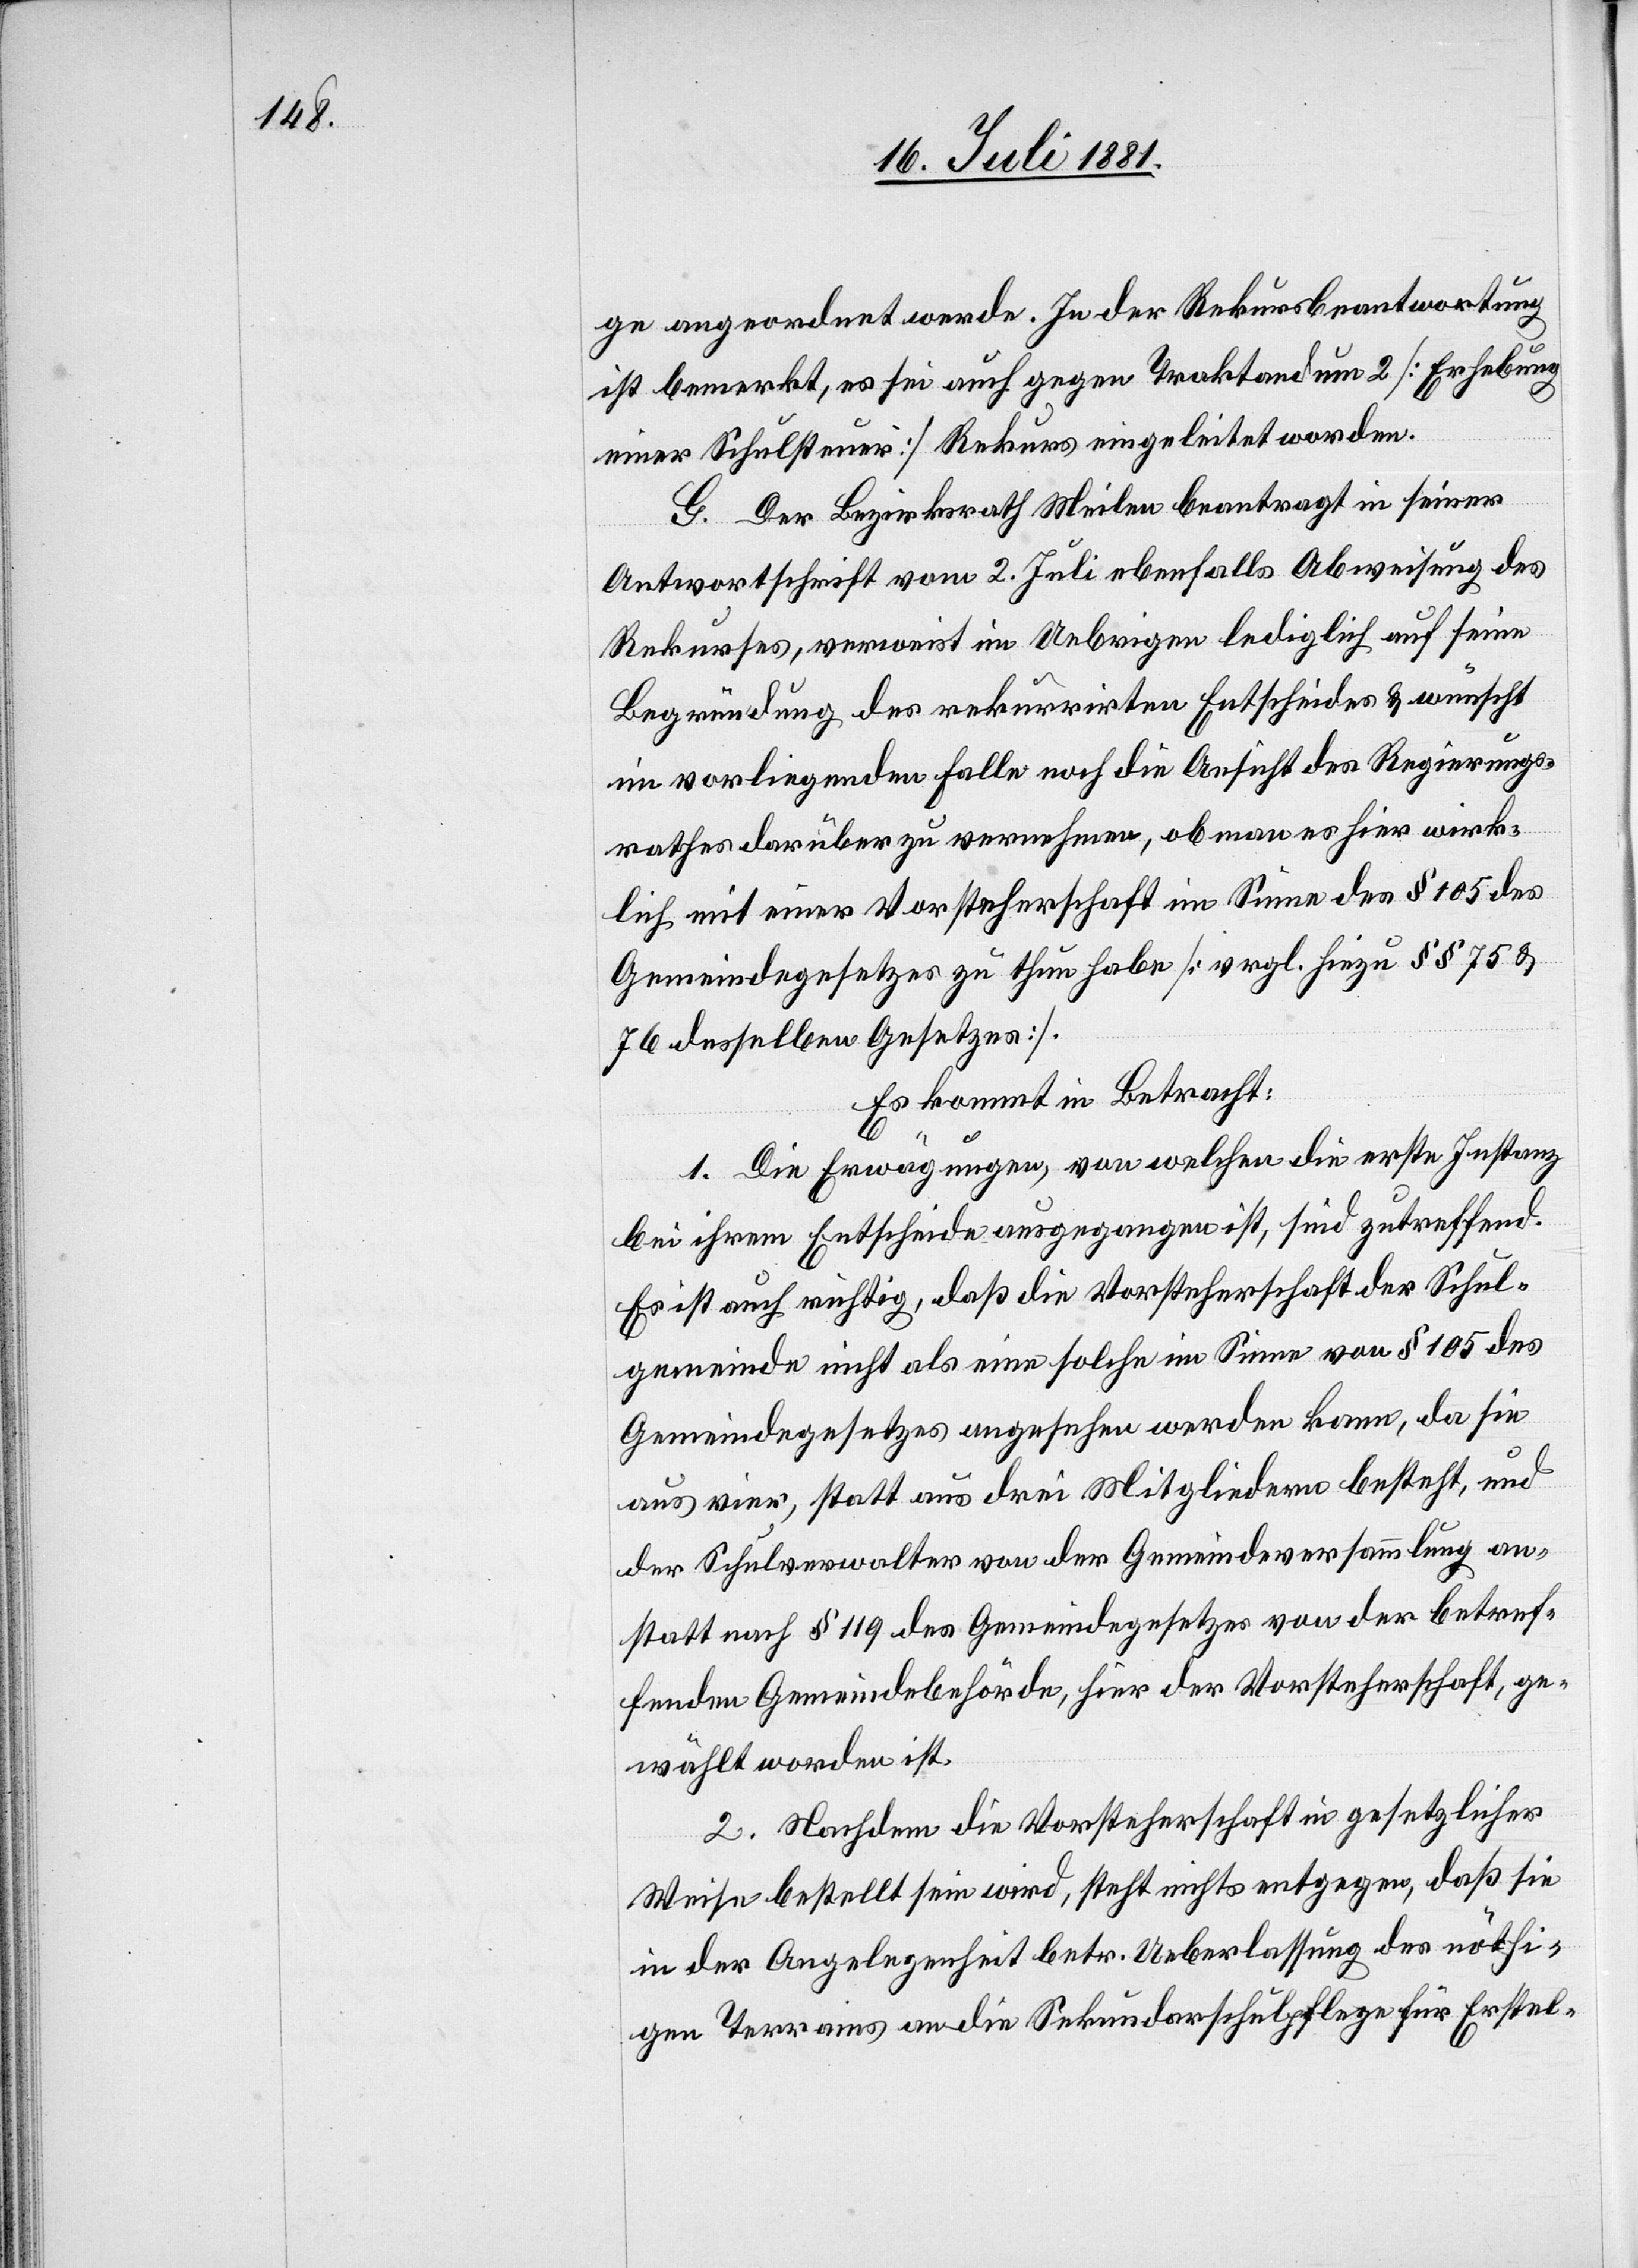
ge angeordnet werde. In der Rekursbeantwortung
ist bemerkt, es sei auch gegen Traktandum 2 [Erhebung
einer Schulsteuer] Rekurs eingeleitet worden.
G. Der Bezirksrath Meilen beantragt in seiner
Antwortschrift vom 2. Juli ebenfalls Abweisung des
Rekurses, verweist im Uebrigen lediglich auf seine
Begründung des rekurrirten Entscheides & wünscht
im vorliegenden Falle noch die Ansicht des Regierungs¬
rathes darüber zu vernehmen, ob man es hier wirk¬
lich mit einer Vorsteherschaft im Sinne des § 105 des
Gemeindegesetzes zu thun habe [vrgl. hiezu §§ 75 &
76 desselben Gesetzes].
Es kommt in Betracht:
1. Die Erwägungen, von welchen die erste Instanz
bei Ihrem Entscheide ausgegangen ist, sind zutreffend.
Es ist auch richtig, daß die Vorsteherschaft der Schul¬
gemeinde nicht als eine solche im Sinne von § 105 des
Gemeindegesetzes angesehen werden kann, da sie
aus vier, statt aus drei Mitgliedern besteht, und
der Schulverwalter von der Gemeindeversammlung an¬
statt nach § 119 des Gemeindegesetzes von der betref¬
fenden Gemeindebehörde, hier der Vorsteherschaft, ge¬
wählt worden ist.
2. Nachdem die Vorsteherschaft in gesetzlicher
Weise bestellt sein wird, steht nichts entgegen, daß sie
in der Angelegenheit betr. Ueberlassung des nöthi¬
gen Terrains an die Sekundarschulpflege für Erstel-